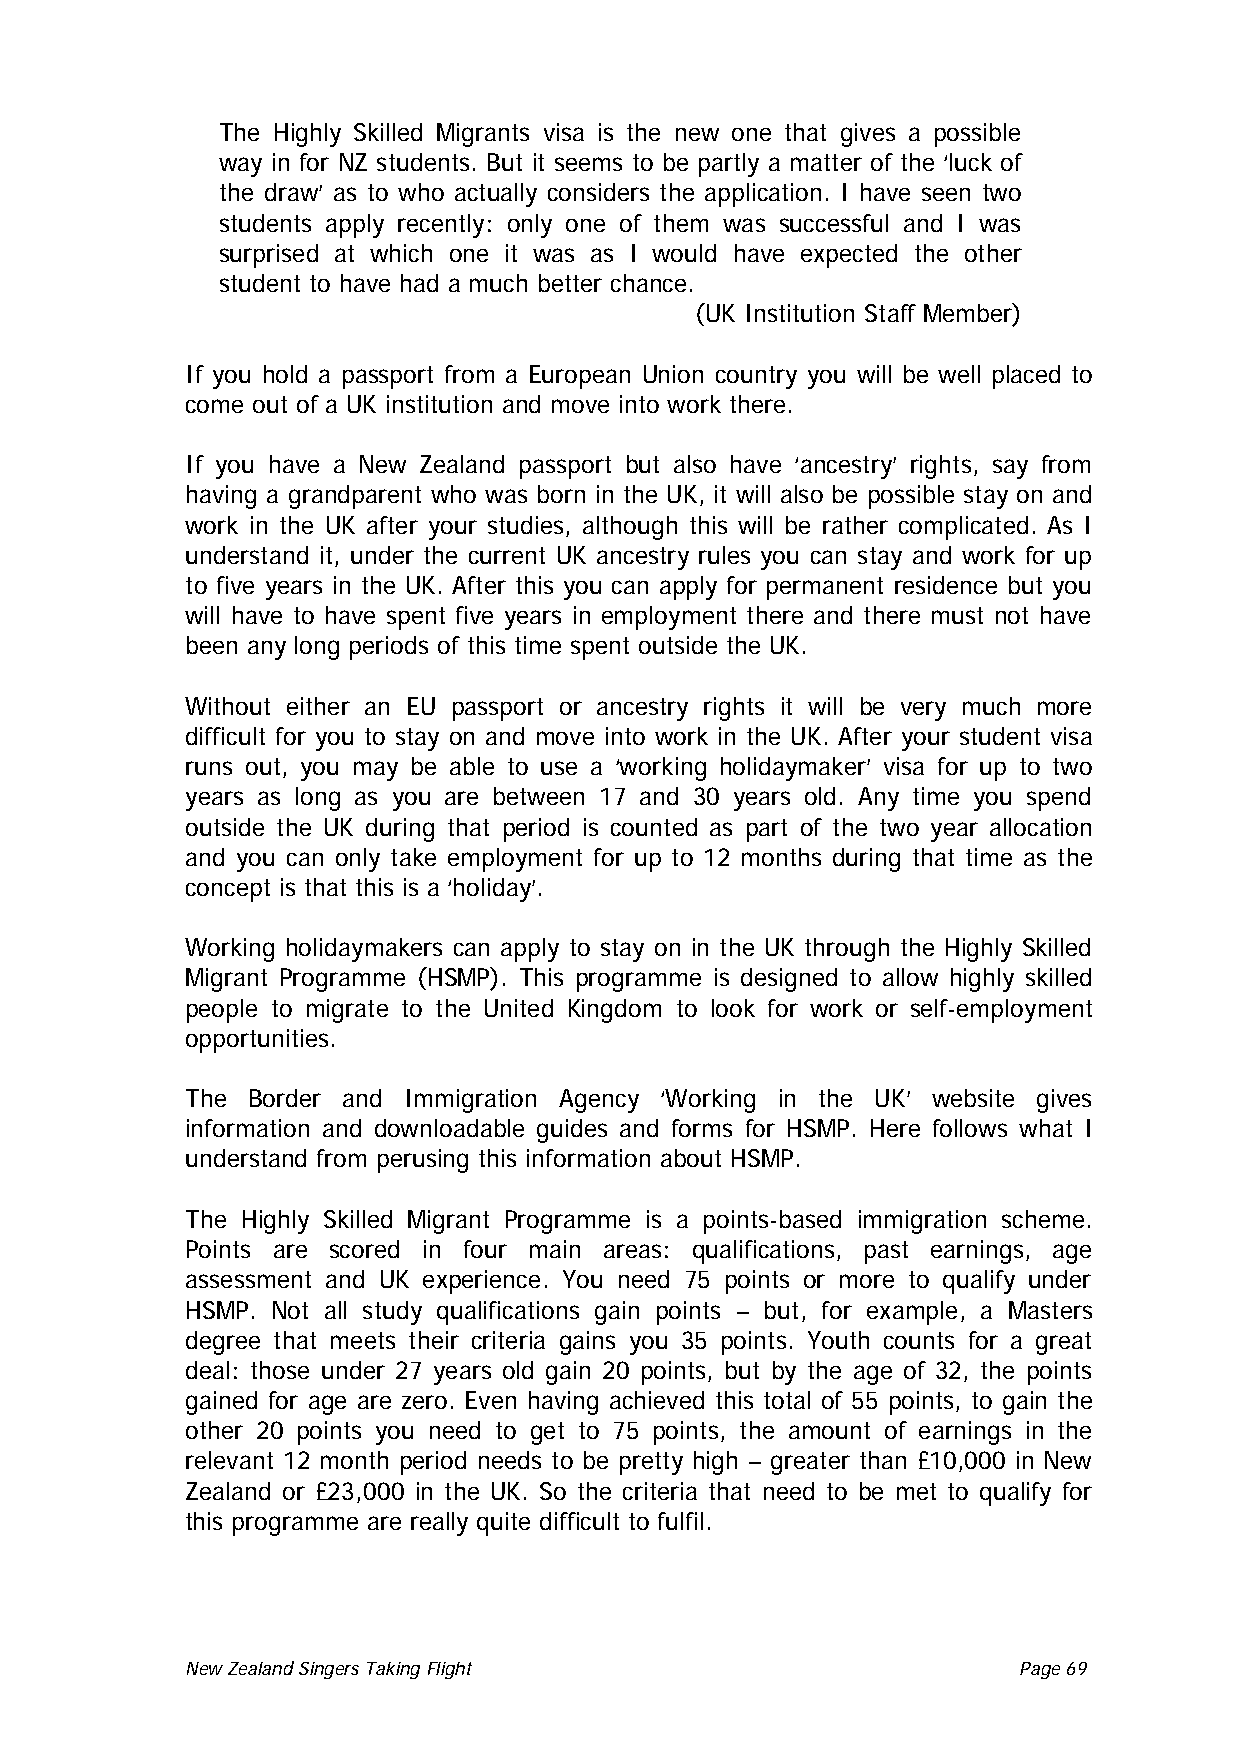
The Highly Skilled Migrants visa is the new one that gives a possible
 way in for NZ students. But it seems to be partly a matter of the ‘luck of
 the draw’ as to who actually considers the application. I have seen two
 students apply recently: only one of them was successful and I was
 surprised at which one it was as I would have expected the other
 student to have had a much better chance.
 (UK Institution Staff Member)
 If you hold a passport from a European Union country you will be well placed to
 come out of a UK institution and move into work there.
 If you have a New Zealand passport but also have ‘ancestry’ rights, say from
 having a grandparent who was born in the UK, it will also be possible stay on and
 work in the UK after your studies, although this will be rather complicated. As I
 understand it, under the current UK ancestry rules you can stay and work for up
 to five years in the UK. After this you can apply for permanent residence but you
 will have to have spent five years in employment there and there must not have
 been any long periods of this time spent outside the UK.
 Without either an EU passport or ancestry rights it will be very much more
 difficult for you to stay on and move into work in the UK. After your student visa
 runs out, you may be able to use a ‘working holidaymaker’ visa for up to two
 years as long as you are between 17 and 30 years old. Any time you spend
 outside the UK during that period is counted as part of the two year allocation
 and you can only take employment for up to 12 months during that time as the
 concept is that this is a ‘holiday’.
 Working holidaymakers can apply to stay on in the UK through the Highly Skilled
 Migrant Programme (HSMP). This programme is designed to allow highly skilled
 people to migrate to the United Kingdom to look for work or self-employment
 opportunities.
 The Border and Immigration Agency ‘Working in the UK’ website gives
 information and downloadable guides and forms for HSMP. Here follows what I
 understand from perusing this information about HSMP.
 The Highly Skilled Migrant Programme is a points-based immigration scheme.
 Points are scored in four main areas: qualifications, past earnings, age
 assessment and UK experience. You need 75 points or more to qualify under
 HSMP. Not all study qualifications gain points – but, for example, a Masters
 degree that meets their criteria gains you 35 points. Youth counts for a great
 deal: those under 27 years old gain 20 points, but by the age of 32, the points
 gained for age are zero. Even having achieved this total of 55 points, to gain the
 other 20 points you need to get to 75 points, the amount of earnings in the
 relevant 12 month period needs to be pretty high – greater than £10,000 in New
 Zealand or £23,000 in the UK. So the criteria that need to be met to qualify for
 this programme are really quite difficult to fulfil.
 New Zealand Singers Taking Flight Page 69